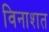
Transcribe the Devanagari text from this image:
विनाशत